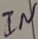
Text: IN